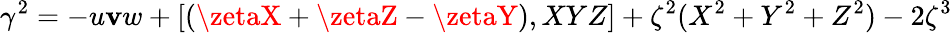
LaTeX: \gamma^{2}=-u\mathbf{v}w+[(\zetaX+\zetaZ-\zetaY),XYZ]+\zeta^{2}(X^{2}+Y^{2}+Z^{2})-2\zeta^{3}